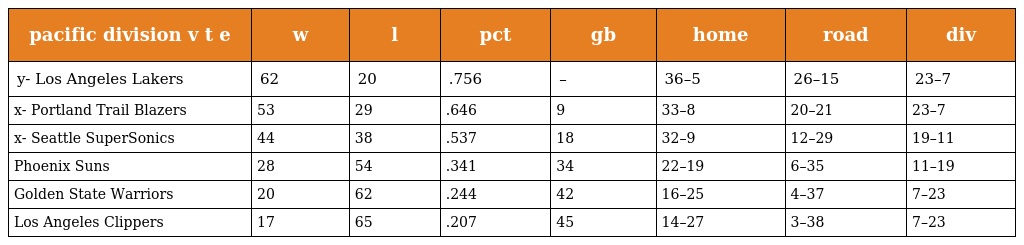
| pacific division v t e | w | l | pct | gb | home | road | div |
 | --- | --- | --- | --- | --- | --- | --- | --- |
 | y- Los Angeles Lakers | 62 | 20 | .756 | – | 36–5 | 26–15 | 23–7 |
 | x- Portland Trail Blazers | 53 | 29 | .646 | 9 | 33–8 | 20–21 | 23–7 |
 | x- Seattle SuperSonics | 44 | 38 | .537 | 18 | 32–9 | 12–29 | 19–11 |
 | Phoenix Suns | 28 | 54 | .341 | 34 | 22–19 | 6–35 | 11–19 |
 | Golden State Warriors | 20 | 62 | .244 | 42 | 16–25 | 4–37 | 7–23 |
 | Los Angeles Clippers | 17 | 65 | .207 | 45 | 14–27 | 3–38 | 7–23 |